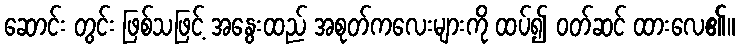
ဆောင်း တွင်း ဖြစ်သဖြင့် အနွေးထည် အစုတ်ကလေးများကို ထပ်၍ ဝတ်ဆင် ထားလေ၏။